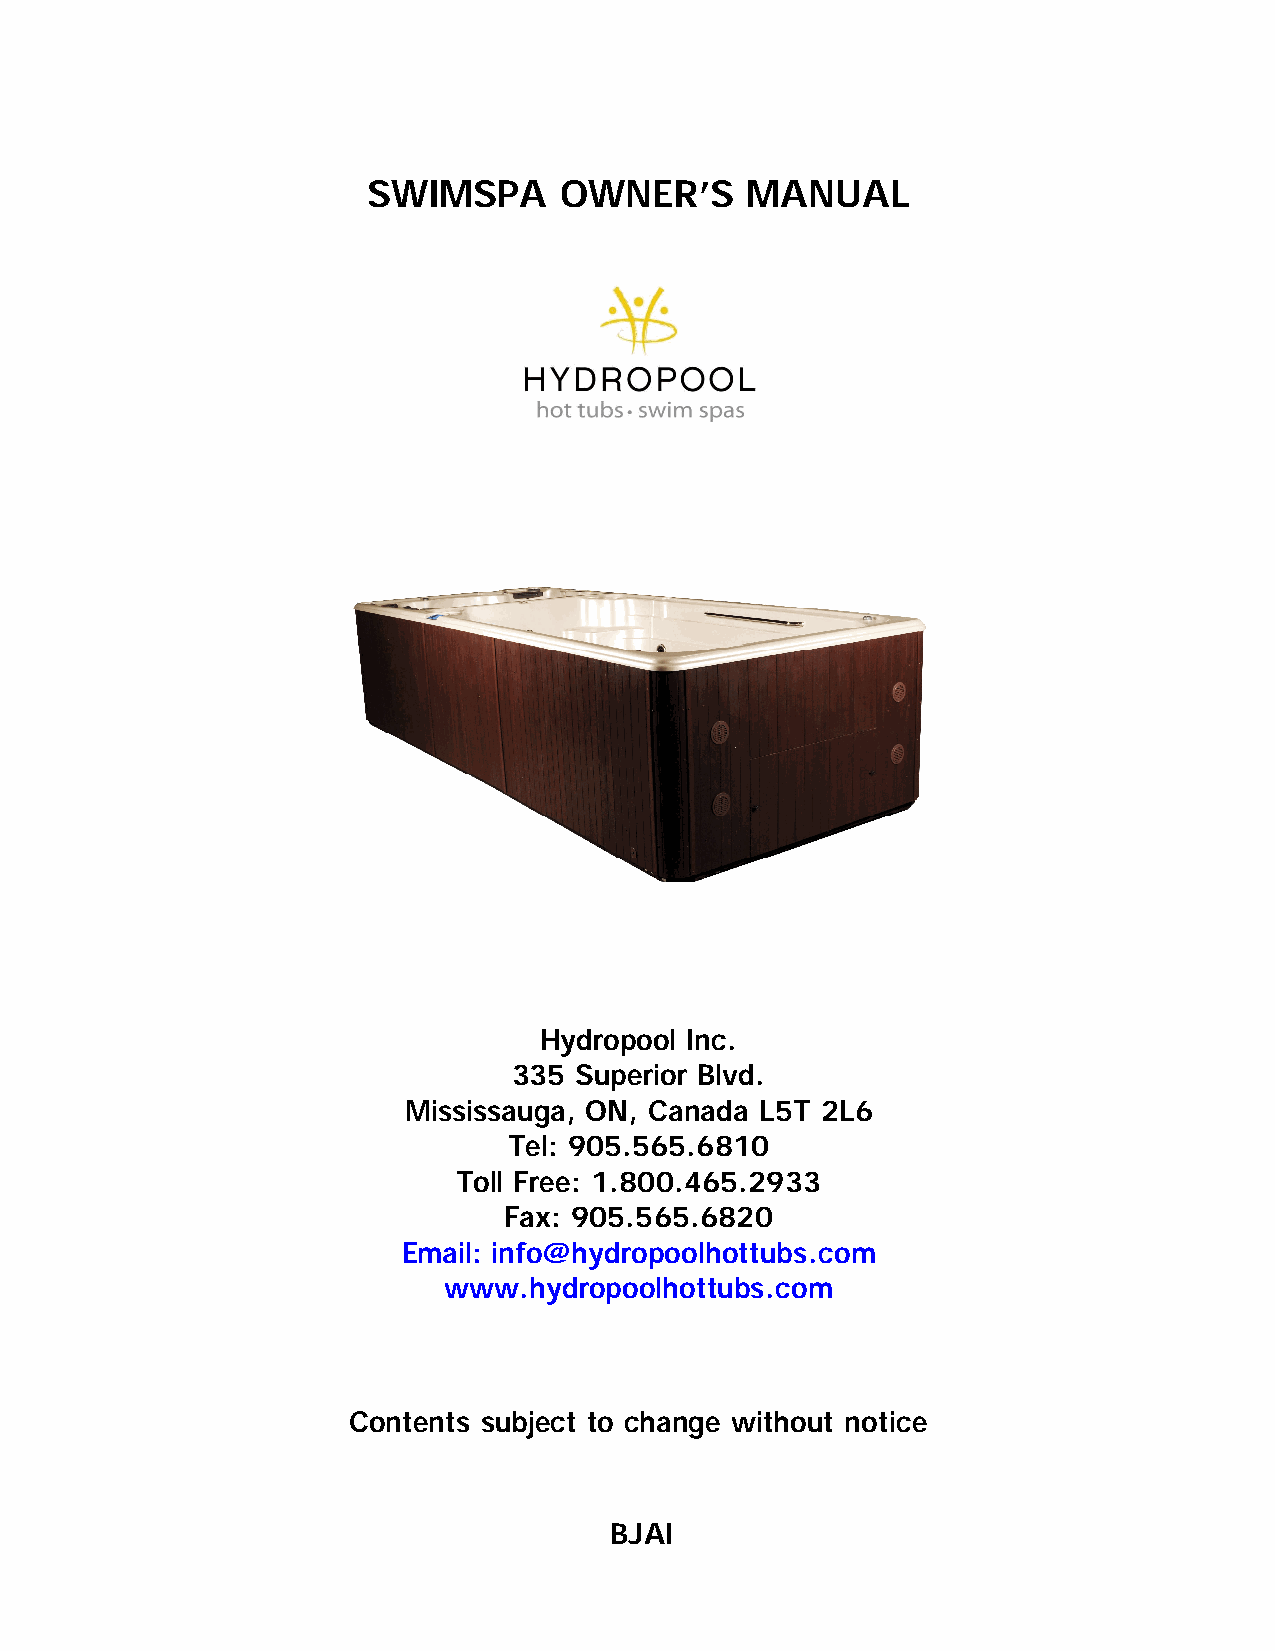
SWIMSPA      OWNER’S     MANUAL
 Hydropool Inc.
 335 Superior Blvd.
 Mississauga, ON, Canada L5T 2L6
 Tel: 905.565.6810
 Toll Free: 1.800.465.2933
 Fax: 905.565.6820
 Email: info@hydropoolhottubs.com
 www.hydropoolhottubs.com
 Contents subject to change without notice
 BJAI